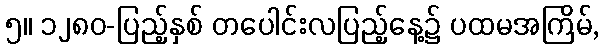
၅။ ၁၂၈၀-ပြည့်နှစ် တပေါင်းလပြည့်နေ့၌ ပထမအကြိမ်,